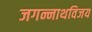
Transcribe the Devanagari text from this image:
जगन्नाथविजय